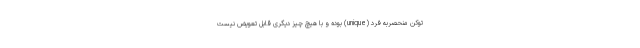
توکن منحصربه فرد (unique) بوده و با هیچ چیز دیگری قابل تعویض نیست